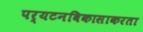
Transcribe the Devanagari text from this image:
पर्यटनविकासाकरता